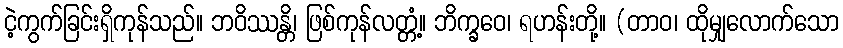
ငဲ့ကွက်ခြင်းရှိကုန်သည်။ ဘဝိဿန္တိ၊ ဖြစ်ကုန်လတ္တံ့။ ဘိက္ခဝေ၊ ရဟန်းတို့။ (တာဝ၊ ထိုမျှလောက်သော